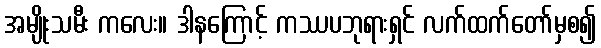
အမျိုးသမီး ကလေး။ ဒါနကြောင့် ကဿပဘုရားရှင် လက်ထက်တော်မှစ၍